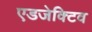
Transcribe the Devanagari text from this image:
एडजेक्टिव